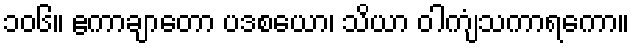
၁၀၆။ ဧကာချာတော ပဒစယော၊ သိယာ ဝါကျံသကာရကော။